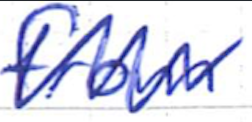
Text: from
Cross-out: zig-zag
Writing tool: ballpoint